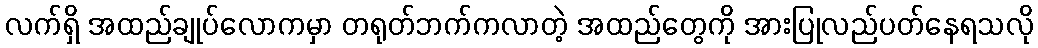
လက်ရှိ အထည်ချုပ်လောကမှာ တရုတ်ဘက်ကလာတဲ့ အထည်တွေကို အားပြုလည်ပတ်နေရသလို